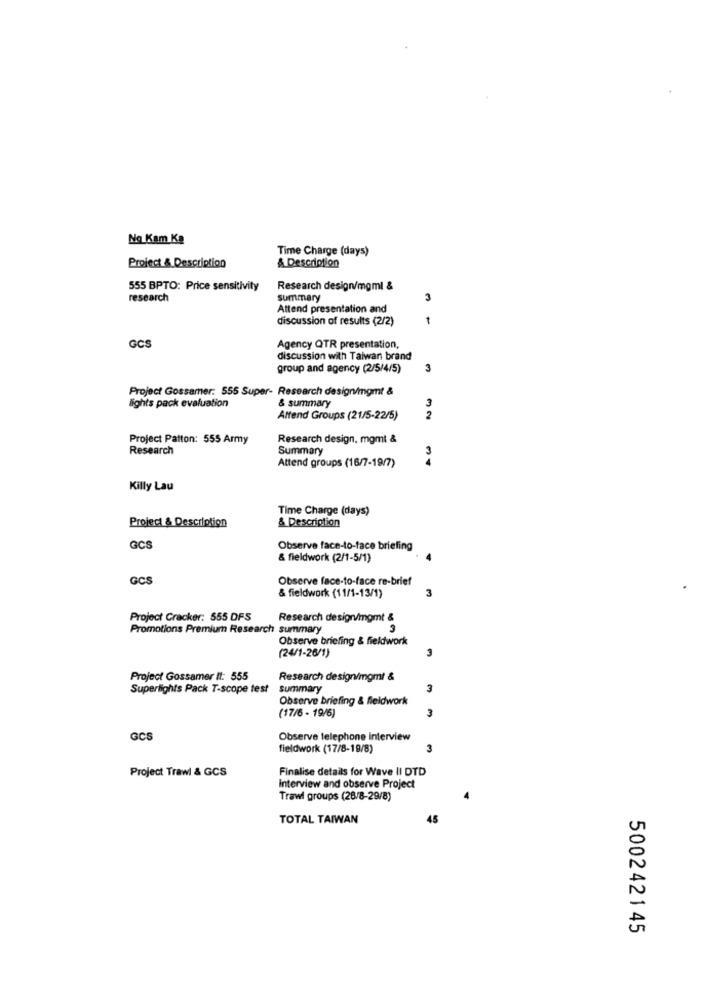
Na Kam Ka
Time Charge (days)
& Description
Project & Description
555 BPTO: Price sensitivity
Research design/mgml &
research
summary
3
Attend presentation and
discussion of results (2/2)
1
GCS
Agency QTR presentation,
discussion with Taiwan brand
group and agency (2/5/4/5)
3
Project Gossamer: 555 Super- Research design/mgmt &
3
lights pack evaluation
& summary
Attend Groups (21/5-22/5)
2
Project Patton: 555 Army
Research design. mgmt &
Research
Summary
3
Attend groups (16/7-19/7)
Killy Lau
Time Charge (days)
Project & Description
& Description
GCS
Observe face-to-face briefing
& fieldwork (2/1-5/1)
GCS
Observe face-to-face re-brief
& fieldwork (11/1-13/1)
3
Project Cracker: 555 DFS
Research design/mgmt &
Promotions Premium Research summary
3
Observe briefing & fieldwork
(24/1-26/1)
3
Project Gossamer It: 555
Research design/mgmt &
Superlights Pack T-scope test
summary
3
Observe briefing & fieldwork
(17/6 - 19/6)
3
GCS
Observe telephone Interview
fieldwork (17/8-19/8)
3
Project Trawl & GCS
Finalise details for Wave Il DTD
Interview and observe Project
Trawl groups (28/8-29/8)
TOTAL TAIWAN
45
500242145